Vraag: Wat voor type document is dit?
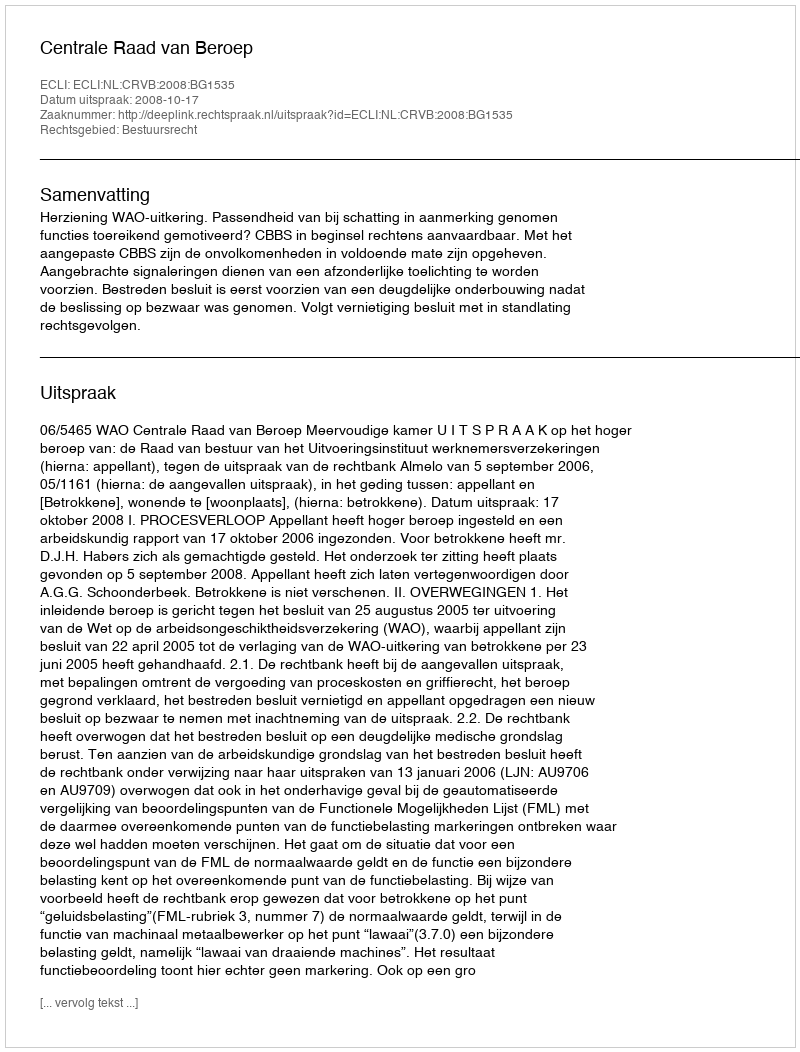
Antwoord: Uitspraak